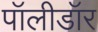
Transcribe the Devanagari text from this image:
पॉलीडॉर